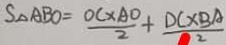
S _ { \Delta } A B O = \frac { O C \times A O } { 2 } + \frac { D C \times B A } { 2 }